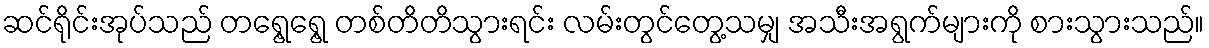
ဆင်ရိုင်းအုပ်သည် တရွေ့ရွေ့ တစ်တိတိသွားရင်း လမ်းတွင်တွေ့သမျှ အသီးအရွက်များကို စားသွားသည်။